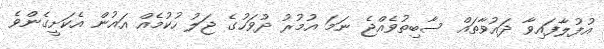
އުފުލާފައިވާ ދައުވާތައް ސާބިތުވެއްޖެ ނަމަ އުމުރު ދުވަހުގެ ޖަލު ހުކުމެއް އައުން އެކަށީގެންވެ